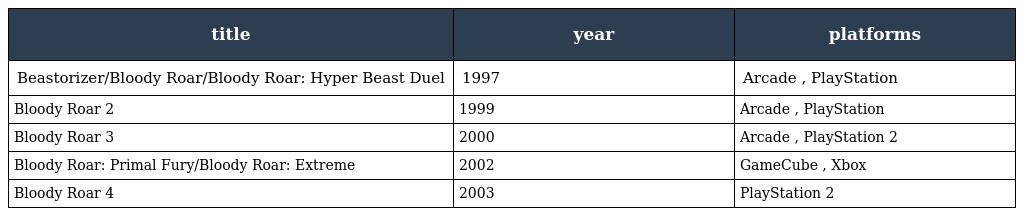
| title | year | platforms |
 | --- | --- | --- |
 | Beastorizer/Bloody Roar/Bloody Roar: Hyper Beast Duel | 1997 | Arcade , PlayStation |
 | Bloody Roar 2 | 1999 | Arcade , PlayStation |
 | Bloody Roar 3 | 2000 | Arcade , PlayStation 2 |
 | Bloody Roar: Primal Fury/Bloody Roar: Extreme | 2002 | GameCube , Xbox |
 | Bloody Roar 4 | 2003 | PlayStation 2 |